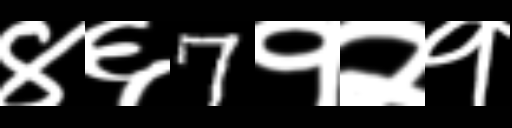
Text: ४६7१२१